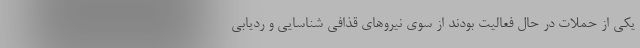
یکی از حملات در حال فعالیت بودند از سوی نیروهای قذافی شناسایی و ردیابی